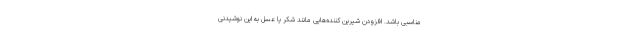
مناسبی باشد. افزودن شیرین کننده‌هایی مانند شکر یا عسل به این نوشیدنی